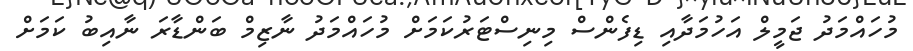
މުހައްމަދު ޖަމީލް އަހުމަދާއި ޑިފެންސް މިނިސްޓަރުކަމަށް މުހައްމަދު ނާޒިމް ބަންޑާރަ ނާއިބު ކަމަށް